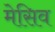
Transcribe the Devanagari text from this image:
मेसिव